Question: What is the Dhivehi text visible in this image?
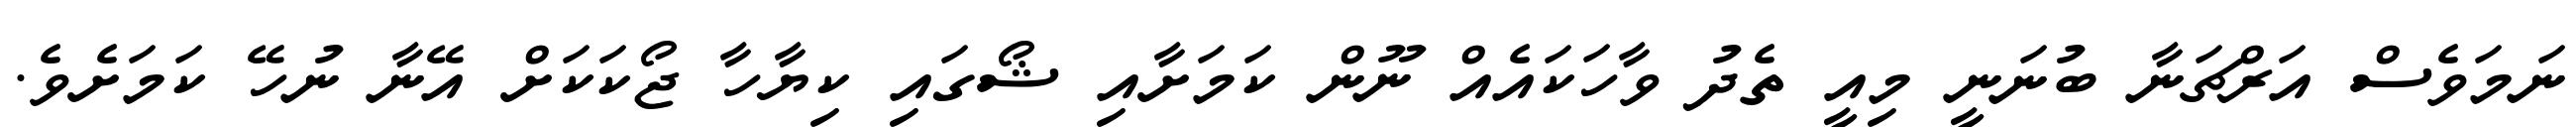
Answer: ނަމަވެސް އަރްޗަނާ ބުނަނީ މިއީ ތެދު ވާހަކައެއް ނޫން ކަމަށާއި ޝޯގައި ކިޔާހާ ޖޯކަކަށް އޭނާ ނުހޭ ކަމަށެވެ.